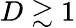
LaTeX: D\gtrsim 1